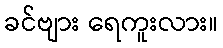
ခင်ဗျား ရေကူးလား။